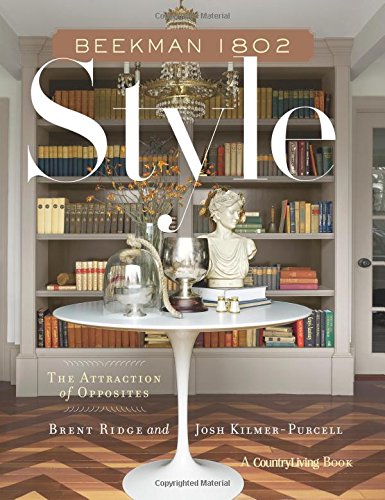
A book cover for Beekman 1802 Style: The Attraction of Opposites; Brent Ridge; Crafts, Hobbies & Home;